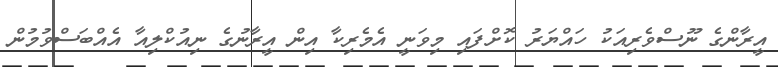
އީރާންގެ ނޫސްވެރިއަކު ހައްޔަރު ކޮށްފައި މިވަނީ އެމެރިކާ އިން އީރާނުގެ ނިއުކްލިއާ އެއްބަސްވުމުން